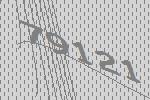
79121